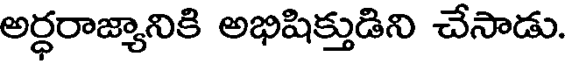
అర్ధరాజ్యానికి అభిషిక్తుడిని చేసాడు.